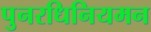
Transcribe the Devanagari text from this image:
पुनरधिनियमन